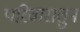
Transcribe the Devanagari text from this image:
परिवारातुन